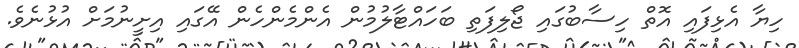
ހިޔާ އެޅިފައި އޮތް ހިސާބުގައި ޖޯލިފަތި ބަހައްޓާލުމުން އެންމެންހެން އޭގައި އިށީނުމަށް އުޅުނެވެ.